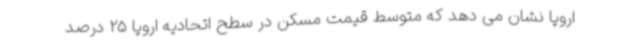
اروپا نشان می دهد که متوسط قیمت مسکن در سطح اتحادیه اروپا 25 درصد